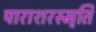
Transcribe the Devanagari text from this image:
पाराशरस्मृति